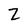
Character: Z